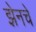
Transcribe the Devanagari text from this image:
झेनचे